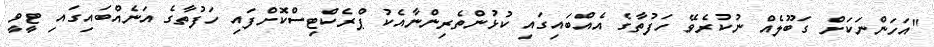
"އަހަންނަކަށް ގަބޫލެއް ނުކުރެވޭ ހަފުތާގެ އެއްބައިގައި ކުޅުންތެރިންނާއެކު ޕްރެކްޓިސްކޮށްފައި ހަފުތާގެ އަނެއްބައިގައި ޓީވީ